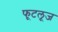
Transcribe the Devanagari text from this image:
फूटलूज